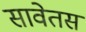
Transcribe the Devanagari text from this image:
सावेतस